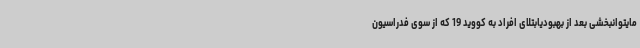
مایتوانبخشی بعد از بهبودیابتلای افراد به کووید 19 که از سوی فدراسیون